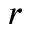
\boldsymbol { r }